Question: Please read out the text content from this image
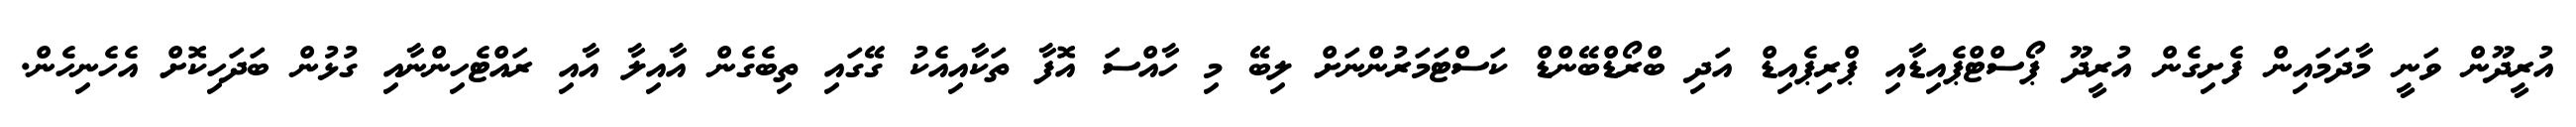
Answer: އުރީދޫން ވަނީ މާދަމައިން ފެށިގެން އުރީދޫ ޕޯސްޓްޕެއިޑާއި ޕްރިޕެއިޑް އަދި ބްރޯޑްބޭންޑް ކަސްޓަމަރުންނަށް ލިބޭ މި ހާއްސަ އޮފާ ތަކާއިއެކު ގޭގައި ތިބެގެން އާއިލާ އާއި ރައްޓެހިންނާއި ގުޅުން ބަދަހިކޮށް އެހެނިހެން.